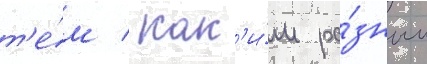
т'е́м / как'и́м ра́зным